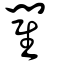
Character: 閵